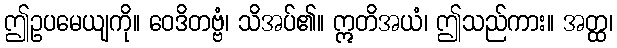
ဤဥပမေယျကို။ ဝေဒိတဗ္ဗံ၊ သိအပ်၏။ ဣတိအယံ၊ ဤသည်ကား။ အတ္ထ၊